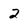
Character: 2